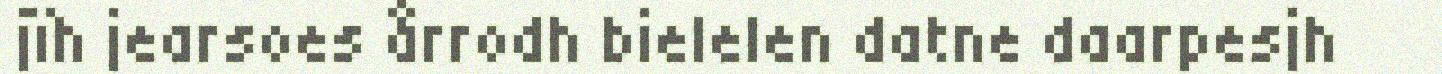
jïh jearsoes årrodh bielelen datne daarpesjh